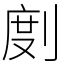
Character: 剫